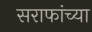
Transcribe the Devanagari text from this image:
सराफांच्या